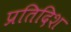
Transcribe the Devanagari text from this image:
प्रतिदिश